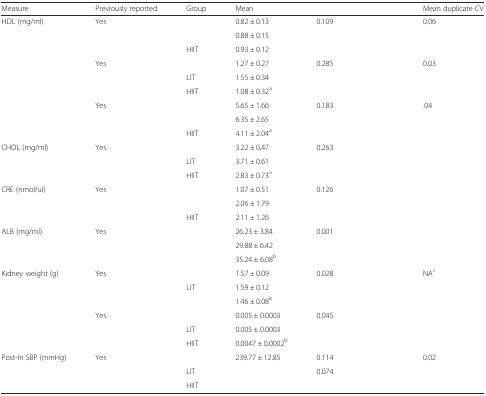
<table><thead><tr><td><b>Measure</b></td><td><b>Previously reported</b></td><td><b>Group</b></td><td><b>Mean</b></td><td>[EMPTY_CELL]</td><td><b>Mean duplicate CV</b></td></tr></thead><tbody><tr><td rowspan="3">HDL (mg/ml)</td><td rowspan="3">Yes</td><td>[EMPTY_CELL]</td><td>0.82 ± 0.13</td><td>0.109</td><td rowspan="3">0.06</td></tr><tr><td>[EMPTY_CELL]</td><td>0.88 ± 0.15</td><td>[EMPTY_CELL]</td></tr><tr><td>HIIT</td><td>0.93 ± 0.12</td><td>[EMPTY_CELL]</td></tr><tr><td rowspan="3">[EMPTY_CELL]</td><td rowspan="3">Yes</td><td>[EMPTY_CELL]</td><td>1.27 ± 0.27</td><td>0.285</td><td rowspan="3">0.03</td></tr><tr><td>LIT</td><td>1.55 ± 0.34</td><td>[EMPTY_CELL]</td></tr><tr><td>HIIT</td><td>1.08 ± 0.32<sup>a</sup></td><td>[EMPTY_CELL]</td></tr><tr><td rowspan="3">[EMPTY_CELL]</td><td rowspan="3">Yes</td><td>[EMPTY_CELL]</td><td>5.65 ± 1.66</td><td>0.183</td><td rowspan="3">.04</td></tr><tr><td>[EMPTY_CELL]</td><td>6.35 ± 2.65</td><td>[EMPTY_CELL]</td></tr><tr><td>HIIT</td><td>4.11 ± 2.04<sup>a</sup></td><td>[EMPTY_CELL]</td></tr><tr><td rowspan="3">CHOL (mg/ml)</td><td rowspan="3">Yes</td><td>[EMPTY_CELL]</td><td>3.22 ± 0.47</td><td>0.263</td><td rowspan="3">[EMPTY_CELL]</td></tr><tr><td>LIT</td><td>3.71 ± 0.61</td><td>[EMPTY_CELL]</td></tr><tr><td>HIIT</td><td>2.83 ± 0.73<sup>a</sup></td><td>[EMPTY_CELL]</td></tr><tr><td rowspan="3">CRE (nmol/ul)</td><td rowspan="3">Yes</td><td>[EMPTY_CELL]</td><td>1.07 ± 0.51</td><td>0.126</td><td rowspan="3">[EMPTY_CELL]</td></tr><tr><td>[EMPTY_CELL]</td><td>2.06 ± 1.79</td><td>[EMPTY_CELL]</td></tr><tr><td>HIIT</td><td>2.11 ± 1.26</td><td>[EMPTY_CELL]</td></tr><tr><td rowspan="3">ALB (mg/ml)</td><td rowspan="3">Yes</td><td>[EMPTY_CELL]</td><td>26.23 ± 3.84</td><td>0.001</td><td rowspan="3">[EMPTY_CELL]</td></tr><tr><td>[EMPTY_CELL]</td><td>29.88 ± 6.42</td><td>[EMPTY_CELL]</td></tr><tr><td>[EMPTY_CELL]</td><td>35.24 ± 6.08<sup>b</sup></td><td>[EMPTY_CELL]</td></tr><tr><td rowspan="3">Kidney weight (g)</td><td rowspan="3">Yes</td><td>[EMPTY_CELL]</td><td>1.57 ± 0.09</td><td>0.028</td><td rowspan="3">NA<sup>c</sup></td></tr><tr><td>LIT</td><td>1.59 ± 0.12</td><td>[EMPTY_CELL]</td></tr><tr><td>[EMPTY_CELL]</td><td>1.46 ± 0.08<sup>b</sup></td><td>[EMPTY_CELL]</td></tr><tr><td rowspan="3">[EMPTY_CELL]</td><td rowspan="3">Yes</td><td>[EMPTY_CELL]</td><td>0.005 ± 0.0003</td><td>0.045</td><td rowspan="3">[EMPTY_CELL]</td></tr><tr><td>LIT</td><td>0.005 ± 0.0003</td><td>[EMPTY_CELL]</td></tr><tr><td>HIIT</td><td>0.0047 ± 0.0002<sup>b</sup></td><td>[EMPTY_CELL]</td></tr><tr><td rowspan="3">Post-In SBP (mmHg)</td><td>Yes</td><td>[EMPTY_CELL]</td><td>239.77 ± 12.85</td><td>0.114</td><td rowspan="3">0.02</td></tr><tr><td>[EMPTY_CELL]</td><td>LIT</td><td>[EMPTY_CELL]</td><td>0.074</td></tr><tr><td>[EMPTY_CELL]</td><td>HIIT</td><td>[EMPTY_CELL]</td><td>[EMPTY_CELL]</td></tr></tbody></table>